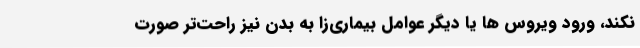
نکند، ورود ویروس ها یا دیگر عوامل بیماری‌زا به بدن نیز راحت‌تر صورت